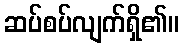
ဆပ်စပ်လျက်ရှိ၏။